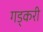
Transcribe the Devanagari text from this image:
गड्करी